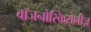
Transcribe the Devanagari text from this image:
वॉजनोस्कियेलीज़